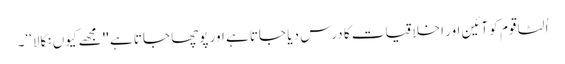
اُلٹا قوم کو آئین اور اخلاقیات کا درس دیا جاتا ہے اور پوچھا جاتا ہے ''مجھے کیوں نکالا‘‘۔